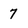
Character: 7